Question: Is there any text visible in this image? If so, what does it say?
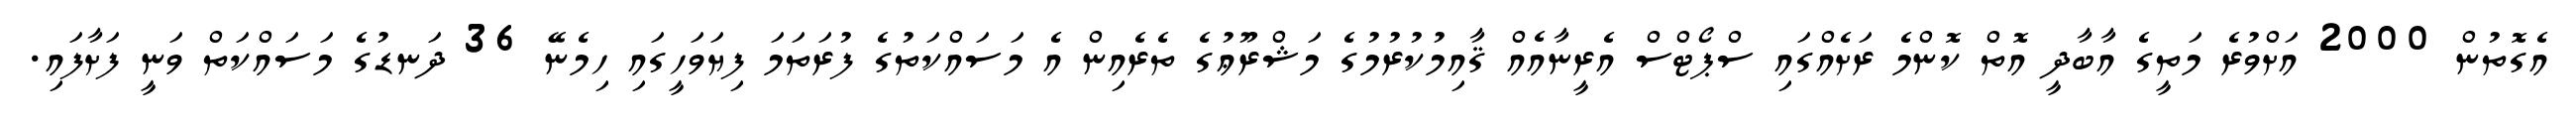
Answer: އެގޮތުން 2000 އަށްވުރެ މަތީގެ އާބާދީ އޮތް ކޮންމެ ރަށެއްގައި ސްޕޯޓްސް އެރީނާއެއް ޤާއިމުކުރުމުގެ މަޝްރޫޢުގެ ތެރެއިން އެ މަސައްކަތުގެ ފުރަތަމަ ފިޔަވަހީގައި ހިމެނޭ 36 ދަނޑުގެ މަސައްކަތް ވަނީ ފަށާފައި.